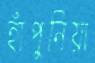
হাঁপুনিয়া